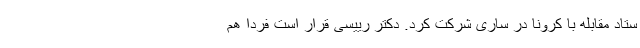
ستاد مقابله با کرونا در ساری شرکت کرد. دکتر رییسی قرار است فردا هم